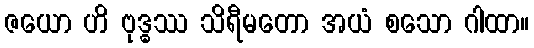
ဇယော ဟိ ဗုဒ္ဓဿ သိရီမတော အယံ စသော ဂါထာ။